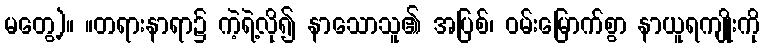
မတွေ့)။ ။တရားနာရာ၌ ကဲ့ရဲ့လို၍ နာသောသူ၏ အပြစ်၊ ဝမ်းမြောက်စွာ နာယူရကျိုးကို